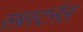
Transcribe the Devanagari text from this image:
सबस्टर्नल